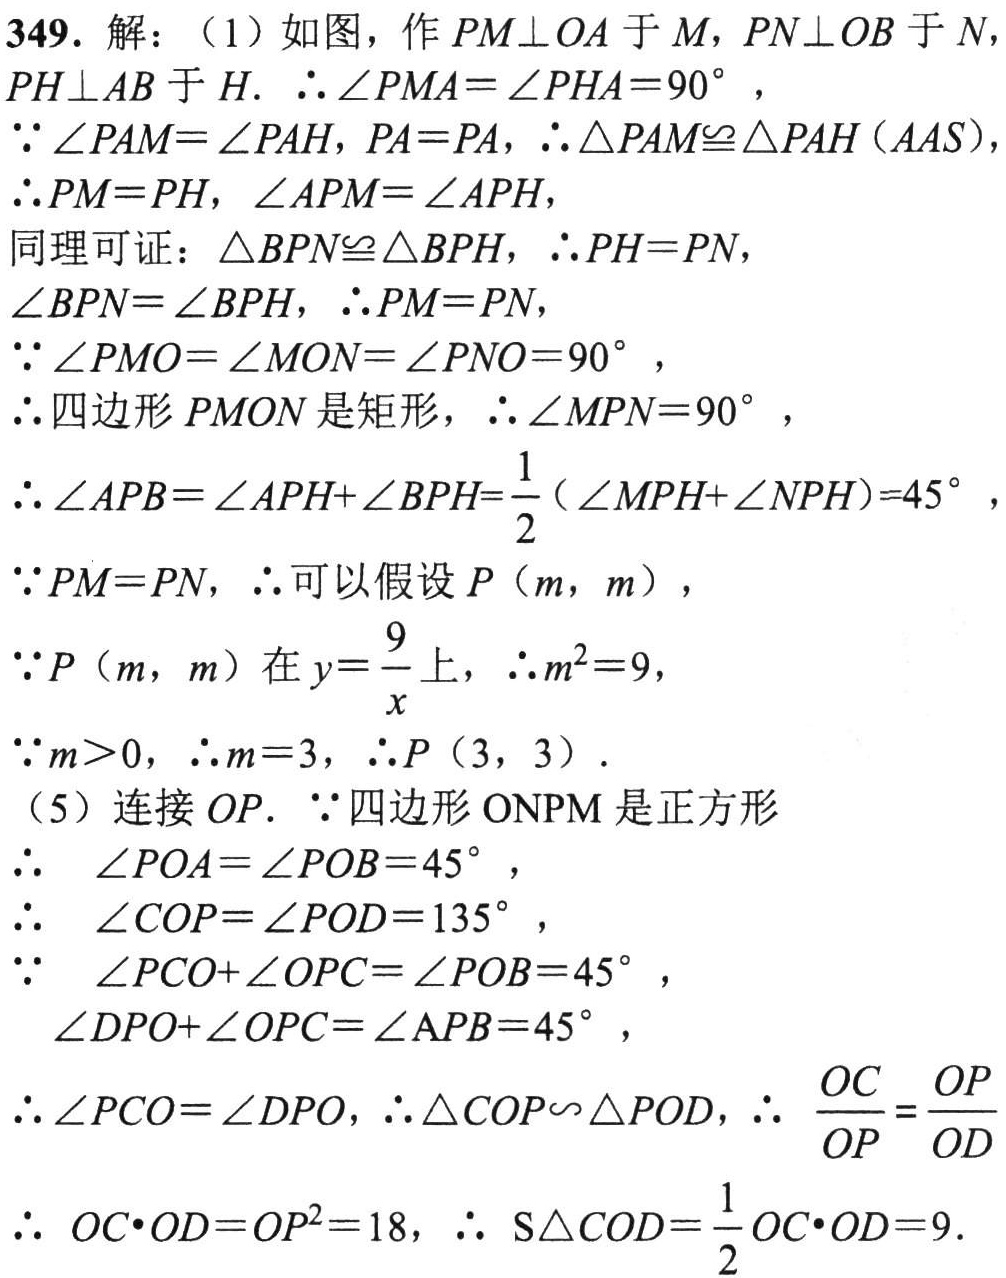
349. 解：（1）如图，作\(PM\perp OA\)于\(M\)，\(PN\perp OB\)于\(N\)，\(PH\perp AB\)于\(H\).  \(\therefore\angle PMA=\angle PHA = 90^{\circ}\)，
\(\because\angle PAM=\angle PAH\)，\(PA = PA\)，\(\therefore\triangle PAM\cong\triangle PAH(AAS)\)，
\(\therefore PM = PH\)，\(\angle APM=\angle APH\)，
同理可证：\(\triangle BPN\cong\triangle BPH\)，\(\therefore PH = PN\)，
\(\angle BPN=\angle BPH\)，\(\therefore PM = PN\)，
\(\because\angle PMO=\angle MON=\angle PNO = 90^{\circ}\)，
\(\therefore\)四边形\(PMON\)是矩形，\(\therefore\angle MPN = 90^{\circ}\)，
\(\therefore\angle APB=\angle APH+\angle BPH=\frac{1}{2}(\angle MPH+\angle NPH)=45^{\circ}\)，
\(\because PM = PN\)，\(\therefore\)可以假设\(P(m,m)\)，
\(\because P(m,m)\)在\(y = \frac{9}{x}\)上，\(\therefore m^{2}=9\)，
\(\because m>0\)，\(\therefore m = 3\)，\(\therefore P(3,3)\).
（5）连接\(OP\).  \(\because\)四边形\(ONPM\)是正方形
\(\therefore\)  \(\angle POA=\angle POB = 45^{\circ}\)，
\(\therefore\)  \(\angle COP=\angle POD = 135^{\circ}\)，
\(\because\)  \(\angle PCO+\angle OPC=\angle POB = 45^{\circ}\)，
\(\angle DPO+\angle OPC=\angle APB = 45^{\circ}\)，
\(\therefore\angle PCO=\angle DPO\)，\(\therefore\triangle COP\backsim\triangle POD\)，\(\therefore\)  \(\frac{OC}{OP}=\frac{OP}{OD}\)
\(\therefore\)  \(OC\cdot OD=OP^{2}=18\)，\(\therefore\)  \(S_{\triangle COD}=\frac{1}{2}OC\cdot OD = 9\).